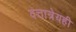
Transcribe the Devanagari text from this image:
दत्तात्रेयही